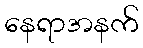
နေရာအနက်